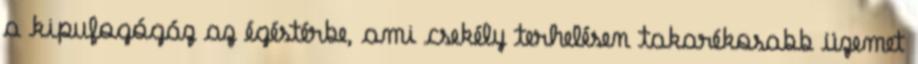
a kipufogógáz az égéstérbe, ami csekély terhelésen takarékosabb üzemet